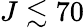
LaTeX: J\lesssim 70